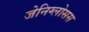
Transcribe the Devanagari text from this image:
जेनिग्लोसस